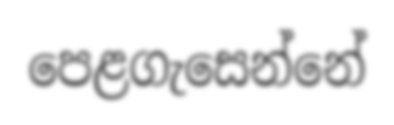
පෙළගැසෙන්නේ